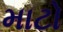
માટો